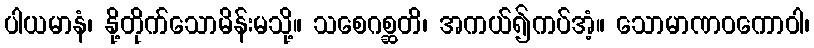
ပါယမာနံ၊ နို့တိုက်သောမိန်းမသို့။ သစေဂစ္ဆတိ၊ အကယ်၍ကပ်အံ့။ သောမာဏဝကောဝါ၊